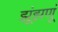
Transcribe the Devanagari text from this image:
झूंझणूं